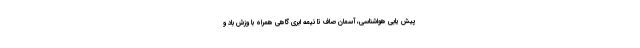
پیش یابی هواشناسی، آسمان صاف تا نیمه ابری گاهی همراه با وزش باد و